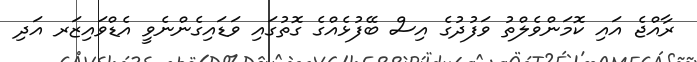
ރާއްޖެ އައި ކޮމަންވެލްތު ވަފުދުގެ އިސް ބޭފުޅެއްގެ ގޮތުގައި ވަޑައިގެންނެވީ އެޑްވައިޒަރ އަދި